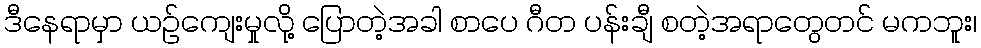
ဒီနေရာမှာ ယဉ်ကျေးမှုလို့ ပြောတဲ့အခါ စာပေ ဂီတ ပန်းချီ စတဲ့အရာတွေတင် မကဘူး၊